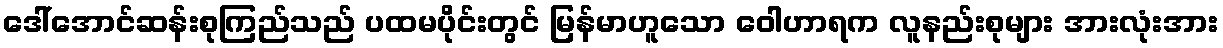
ဒေါ်အောင်ဆန်းစုကြည်သည် ပထမပိုင်းတွင် မြန်မာဟူသော ဝေါဟာရက လူနည်းစုများ အားလုံးအား